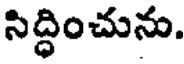
సిద్ధించును.